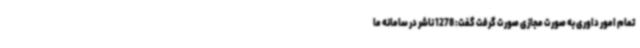
تمام امور داوری به صورت مجازی صورت گرفت گفت: 1278 ناشر در سامانه ما